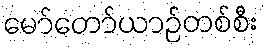
မော်တော်ယာဉ်တစ်စီး